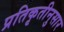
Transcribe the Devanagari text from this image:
प्रतिकृतीनुसार